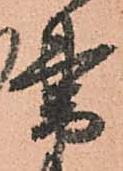
書